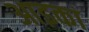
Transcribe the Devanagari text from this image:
आइका